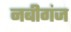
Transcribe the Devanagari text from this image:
नबीगंज